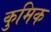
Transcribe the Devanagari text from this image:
कुमिक